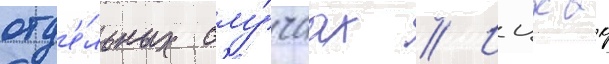
отд'е́льных слу́чаах // Ицхак